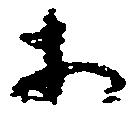
等